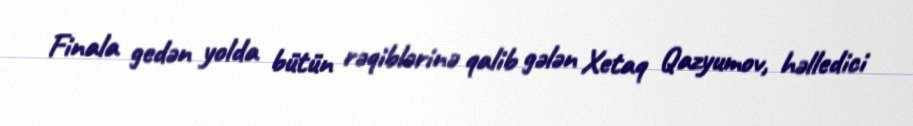
Finala gedən yolda bütün rəqiblərinə qalib gələn Xetaq Qazyumov, həlledici